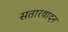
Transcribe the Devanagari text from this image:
सतारवादन